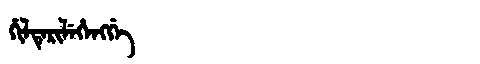
Manchu: ᡥᡳᠯᡨᡝᡵᡳᠯᡝᡥᡝᠩᡤᡝ
Romanization: HILTERILEHENGGE